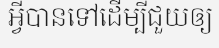
អ្វីបានទៅដើម្បីជួយឲ្យ